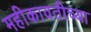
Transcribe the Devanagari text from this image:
महीकावतीच्या